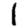
Digit: 1